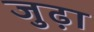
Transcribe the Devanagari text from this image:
जुढ़ा